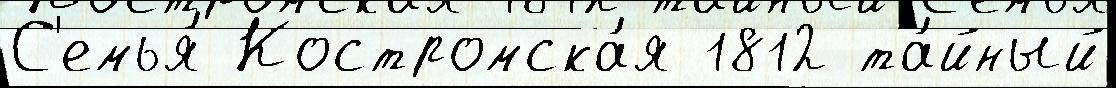
С'емья́ Костромска́я 1812 та́йный